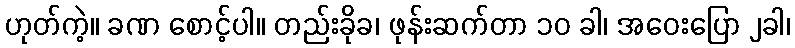
ဟုတ်ကဲ့။ ခဏ စောင့်ပါ။ တည်းခိုခ၊ ဖုန်းဆက်တာ ၁၀ ခါ၊ အဝေးပြော ၂ခါ၊